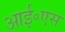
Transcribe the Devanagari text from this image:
आई॰एस